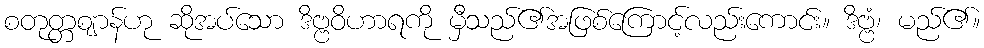
စတုတ္တဈာန်ဟု ဆိုအပ်သော ဒိဗ္ဗဝိဟာရကို မှီသည်၏အဖြစ်ကြောင့်လည်းကောင်း။ ဒိဗ္ဗံ၊ မည်၏။